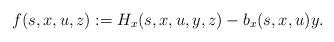
LaTeX: \begin{align*}f(s,x,u,z) := H_x(s,x,u,y,z) - b_x(s,x,u)y.\end{align*}